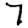
Digit: 7